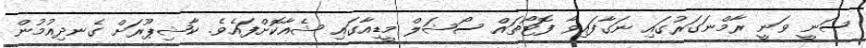
ސަނީ ވަނީ ރާމްނަގަރުގައި ނަގާފައިވާ ފޮޓޯތައް ސޯޝަލް މީޑިއާގައި ޝެއާކޮށްފައެވެ. ކާޝިޕޫރަށް ގެނދިއުމުން